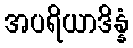
အပရိယာဒိန္နံ